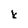
Character: k